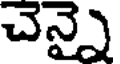
చెన్నై